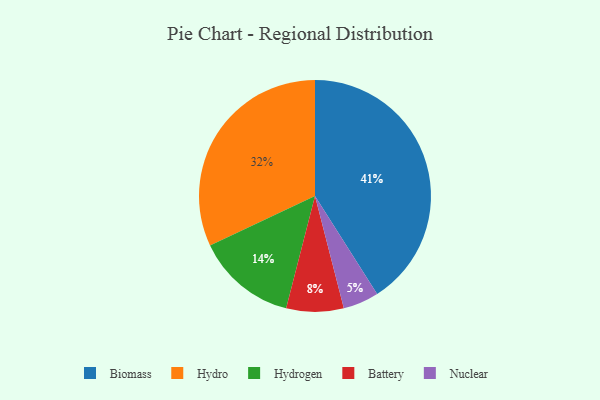
{"axis": {"x": "Category", "y": "Percentage"}, "legend": ["Battery", "Biomass", "Hydro", "Hydrogen", "Nuclear"], "data": [{"x": "Nuclear", "y": 5, "type": "Nuclear"}, {"x": "Hydro", "y": 32, "type": "Hydro"}, {"x": "Hydrogen", "y": 14, "type": "Hydrogen"}, {"x": "Biomass", "y": 41, "type": "Biomass"}, {"x": "Battery", "y": 8, "type": "Battery"}]}